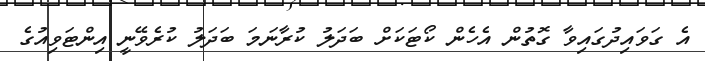
އެ ގަވައިދުގައިވާ ގޮތުން އެހެން ކޯޓަކަށް ބަދަލު ކުރާނަމަ ބަދަލު ކުރެވޭނީ އިންޓަވިއުގެ